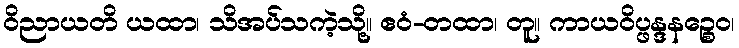
ဝိညာယတိ ယထာ၊ သိအပ်သကဲ့သို့။ ဧဝံ-တထာ၊ တူ။ ကာယဝိပ္ဖန္ဒနဉ္စေဝ၊